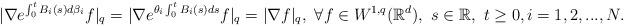
LaTeX: \begin{align*}\begin{aligned}|\nabla e^{\int_0^tB_i(s)d\beta_i}f|_q=|\nabla e^{\theta_i\int_0^tB_i(s)ds}f|_q=|\nabla f|_q,\ \forall f\in W^{1,q}(\mathbb{R}^d), \ s\in\mathbb{R},\ t\geq0, i=1,2,...,N.\end{aligned}\end{align*}